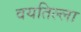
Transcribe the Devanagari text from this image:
वयतिल्ला